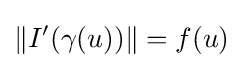
\|I'(\gamma (u))\|=f(u)